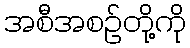
အစီအစဉ်တို့ကို